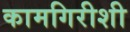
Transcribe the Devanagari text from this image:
कामगिरीशी